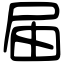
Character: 届